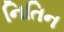
નિતિન